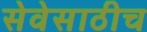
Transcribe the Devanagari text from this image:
सेवेसाठीच